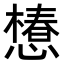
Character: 𢢫